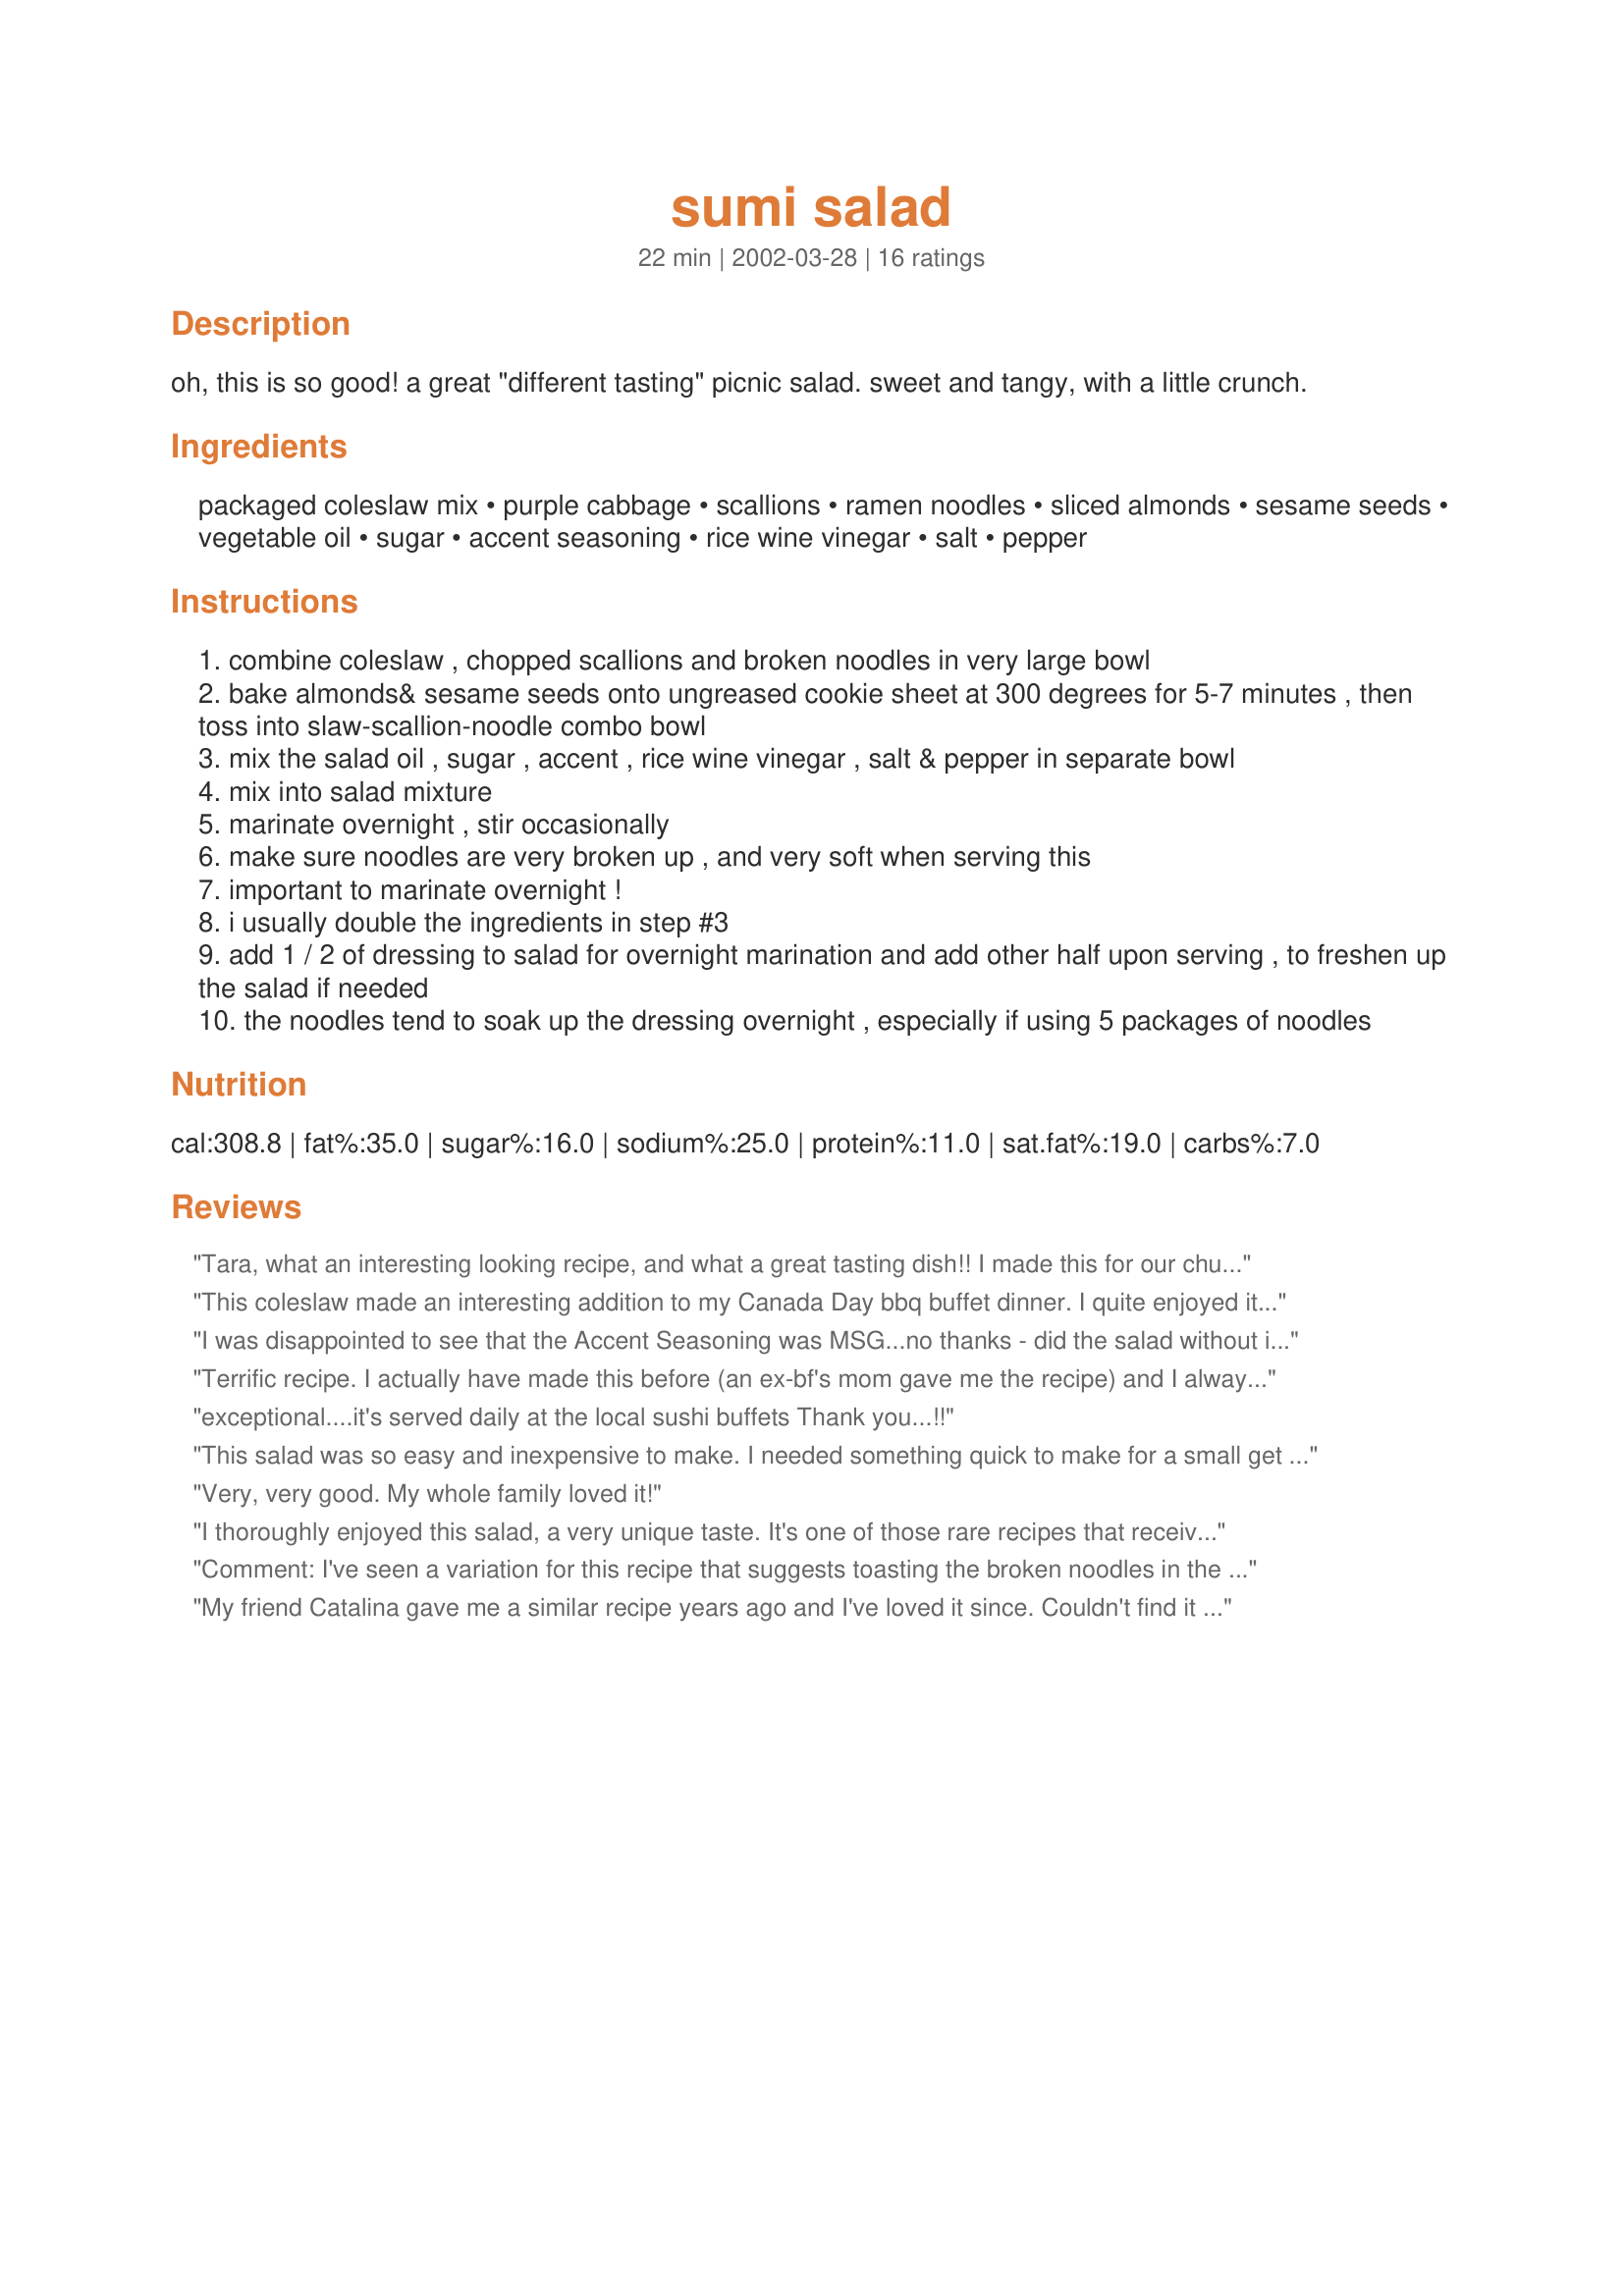
sumi salad
Preparation time: 22 minutes

oh, this is so good! a great "different tasting" picnic salad. sweet and tangy, with a little crunch.

Ingredients:
packaged coleslaw mix, purple cabbage, scallions, ramen noodles, sliced almonds, sesame seeds, vegetable oil, sugar, accent seasoning, rice wine vinegar, salt, pepper

Steps:
combine coleslaw , chopped scallions and broken noodles in very large bowl
bake almonds& sesame seeds onto ungreased cookie sheet at 300 degrees for 5-7 minutes , then toss into slaw-scallion-noodle combo bowl
mix the salad oil , sugar , accent , rice wine vinegar , salt & pepper in separate bowl
mix into salad mixture
marinate overnight , stir occasionally
make sure noodles are very broken up , and very soft when serving this
important to marinate overnight !
i usually double the ingredients in step #3
add 1 / 2 of dressing to salad for overnight marination and add other half upon serving , to freshen up the salad if needed
the noodles tend to soak up the dressing overnight , especially if using 5 packages of noodles

Reviews:
Tara, what an interesting looking recipe, and what a great tasting dish!!
I made this for our church picnic. Made it on Saturday afternoon, and it was so eash to put together. I made it exactly as you said, and it tasted wonderful. DH was my second taster, and he agreed. I had a few cashews I needed to use up, so I tossed those in too. 
My big bowl came home empty. Nary an sesamee seed left!!
Thanks for sharing this recipe with Zaar Land!
Ann
This coleslaw made an interesting addition to my Canada Day bbq buffet dinner. I quite enjoyed it, but it received mixed reviews from my dinner guests (all family, with fairly conservative tastes). My only complaint was that it was too salty for me; next time I will cut back on the seasoning salt (and try it out on a different crowd LOL). I loved the nuts and sesame seeds. It was very easy to prepare, but do make sure you completely break up the ramen noodles; any chunks won't soften properly. I made this 24 hours ahead -- checked it in the morning and had to break up some chunks that I thought had been small enough but weren't -- and it was the perfect texture and consistency at dinner time. Thanks for this recipe; I'll definitely try it again.
I was disappointed to see that the Accent Seasoning was MSG...no thanks - did the salad without it... also for the salad oil DO NOT USE Olive oil... I actually have this recipe from a friend and it did specify that - thought folks should know before they whip it up...this is a quick and easy recipe that taste good.
Terrific recipe. I actually have made this before (an ex-bf's mom gave me the recipe) and I always LOVED it. A few changes: I didn't have any Accent seasoning so I used the flavoring packets from the Ramen. Also, I used broccoli cole slaw instead of cabbage cole slaw. Just a little different--and as someone else said, NO OLIVE OIL! That would ruin the taste. 
Also, I don't really like the noodles to be TOTALLY mushy, so I made this about 6 hours ahead. Everyone loved it!! Thanks for reminding me of this recipe, Tara!
exceptional....it's served daily at the local sushi buffets

Thank you...!!
This salad was so easy and inexpensive to make. I needed something quick to make for a small get together and this salad was perfect. Everyone loved it, I will definetly be making this salad for family picnics this year. It is a sure win!!! 
S.Jones
Very, very good. My whole family loved it!
I thoroughly enjoyed this salad, a very unique taste. It's one of those rare recipes that receives many compliments, you know the kind I'm talking about!
Comment: I've seen a variation for this recipe that suggests toasting the broken noodles in the oven along with the sliced almonds and sesame seeds. =)
My friend Catalina gave me a similar recipe years ago and I've loved it since. Couldn't find it tonight so I searched for something similar and found this one - the only changes I made were Albertson's Angel hair cabbage (for some reason this tastes best to me), 8 tablespoons sugar instead of 4 and 8 tablespoons rice wine vinegar / seasoned or plain - doesn't really matter, whatever you have on hand. I toast the almonds and sesame seeds in a pan but don't take your eyes off 'em so you don't burn 'em - I suppose it doesn't matter, oven or pan as long as you toast 'em, the flavor is worth the hassle. You can find large size containers of sesame seeds (sometimes you can find toasted but its much nicer when you toast them yourself) at Smart & Final. Henry's has large bags of slivered almonds that are pretty inexpensive as well. Love this salad. Thanks for the recipe!
Love this salad! I made it for a party, and everyone loved it. I used 3 packages of crushed ramen noodles, reduced the oil to 3/4 cup, substituted 2 packets of the noodle flavoring for the Accent, & added about 1/4 cup roasted/salted sunflower nuts. Next time I may add a handful of raisins for a little extra sweetness. This recipe does make a lot ... and luckily I have some leftovers to take to work for my lunches next week - may add some cooked chicken breast to make it a meal. Will make this again; thanks for posting!
-M :-)
This was quite the popular item when I served it. I used 2 pkgs of broccoli slaw and 1 of coleslaw. I doubled the dressing ingredients. I will DEFINITELY lessen the amount of oil next time as I felt it was just a little too oily. I doubled the dressing ingredients and used 4 pkgs of noodles ( I would use 3 next time). I took out 2T. of the oil and subbed sesame oil for that. And used only 1T of accent and added 2T of lite soy sauce for a more asian taste along with the sesame oil. It was really loved by all!
My husband loved it!!! So easy to make and so good! Thanks for sharing!
Thanks for answering my post in the Recipe Request Forum, Dancing Cook! I made two batches of this for my son to take on a three day sports trip. I used broccoli slaw to slow down its wilting. I toasted my nuts, noodles first, omitted the Accent, and added dried cranberries for color. I think the kids will love it!

Roxygirl
I love this salad! I didn't have 
Accent, so went without it. Love the toasted seeds. Thanks for posting!
Oh, did we ever love this salad!! This is so easy to make. The crunchy ramen noodles and almonds are teriffic. The dressing is out of this world!! I used canola oil in the dressing. This is very good, thanks Tara!
